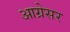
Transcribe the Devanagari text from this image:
आग्रेसर